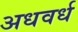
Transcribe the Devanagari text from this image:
अधवर्ध